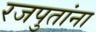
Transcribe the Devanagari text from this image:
रजपुतांना